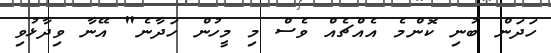
ހަދަން ބުނި ކޮންމެ އެއްޗެއް ވެސް މި މީހުން ހަދާނެ" އޭނާ ވިދާޅުވި